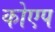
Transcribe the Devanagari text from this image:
कोएप